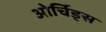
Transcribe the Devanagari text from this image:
ओर्चिड्स